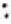
: